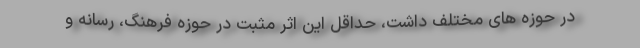
در حوزه های مختلف داشت، حداقل این اثر مثبت در حوزه فرهنگ، رسانه و